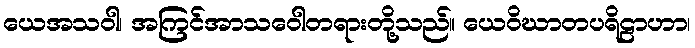
ယေအသဝါ၊ အကြင်အာသဝေါတရားတို့သည်။ ယေဝိဃာတပရိဠာဟာ၊